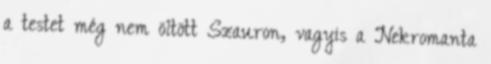
a testet még nem öltött Szauron, vagyis a Nekromanta